Annual report on the mental hospital in the Central Provinces and Berar (Nagpur) - 1927-1951
Year: 1927
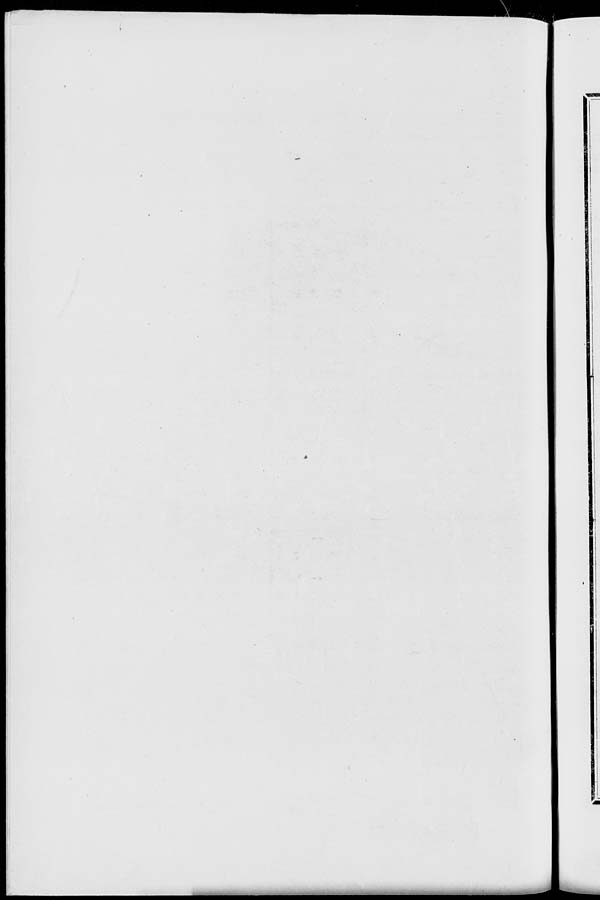
^